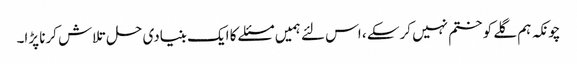
چونکہ ہم گلے کو ختم نہیں کرسکے ، اس لئے ہمیں مسئلے کا ایک بنیادی حل تلاش کرنا پڑا۔